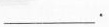
___.